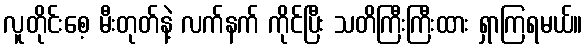
လူတိုင်းစေ့ မီးတုတ်နဲ့ လက်နက် ကိုင်ပြီး သတိကြီးကြီးထား ရှာကြရမယ်။